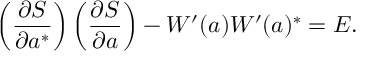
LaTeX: \left( \frac { \partial S } { \partial a ^ { \ast } } \right) \left( \frac { \partial S } { \partial a } \right) - W ^ { \prime } ( a ) W ^ { \prime } ( a ) ^ { \ast } = E .